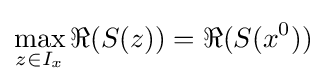
\max _{z\in I_{x}}\Re (S(z))=\Re (S(x^{0}))